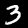
Label: 3